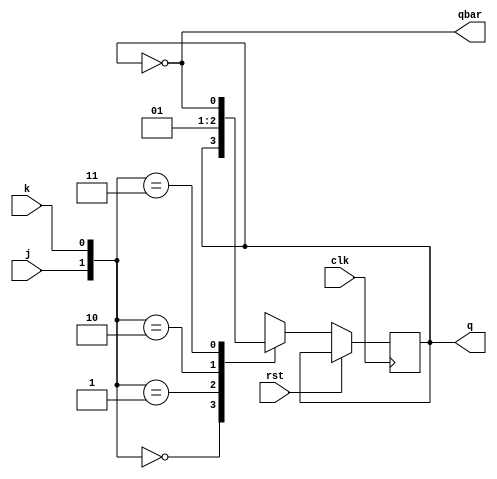
`timescale 1ns / 1ps
//////////////////////////////////////////////////////////////////////////////////
// Company: 
// Engineer: 
// 
// Design Name: 
// Module Name: d_ff_using_jk
// Project Name: 
// Target Devices: 
// Tool Versions: 
// Description: 
// 
// Dependencies: 
// 
// Revision:
// Revision 0.01 - File Created
// Additional Comments:
// 
//////////////////////////////////////////////////////////////////////////////////

module jk_ff(input clk,rst,j,k,output reg q=0,output qbar);
assign qbar=~q;
always@(posedge clk)
begin
if(!rst)
begin
case({j,k})
2'b00:q<=q;
2'b01:q<=0;
2'b10:q<=1;
2'b11:q<=~q;
endcase
end
end
endmodule
module d_ff_using_jk(
    input clk,
    input rst,
    input d,
    output q,
    output qbar
    );
  wire x1,x2;
  assign x1=d;
  assign x2=~d;
  jk_ff JK(clk,rst,x1,x2,q,qbar);
endmodule